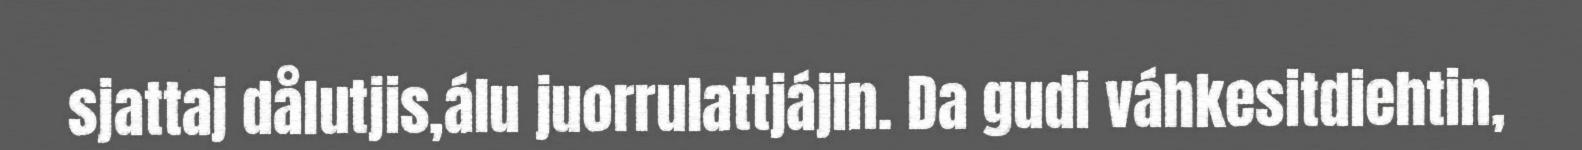
sjattaj dålutjis,álu juorrulattjájin. Da gudi váhkesitdiehtin,